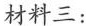
材料三：